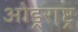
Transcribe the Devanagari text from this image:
ओड्रराष्ट्र